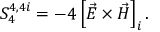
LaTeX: S _ { 4 } ^ { 4 , 4 i } = - 4 \left[ \vec { E } \times \vec { H } \right] _ { i } .